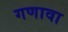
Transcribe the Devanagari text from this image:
गणावा